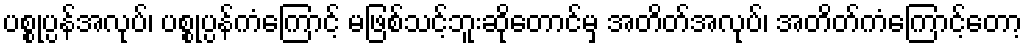
ပစ္စုပ္ပန်အလုပ်၊ ပစ္စုပ္ပန်ကံကြောင့် မဖြစ်သင့်ဘူးဆိုတောင်မှ အတိတ်အလုပ်၊ အတိတ်ကံကြောင့်တော့